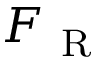
F _ { \mathrm { ~ R ~ } }